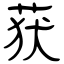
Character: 获